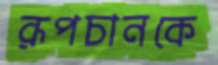
রূপচানকে